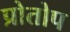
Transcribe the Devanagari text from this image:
प्रोतोप